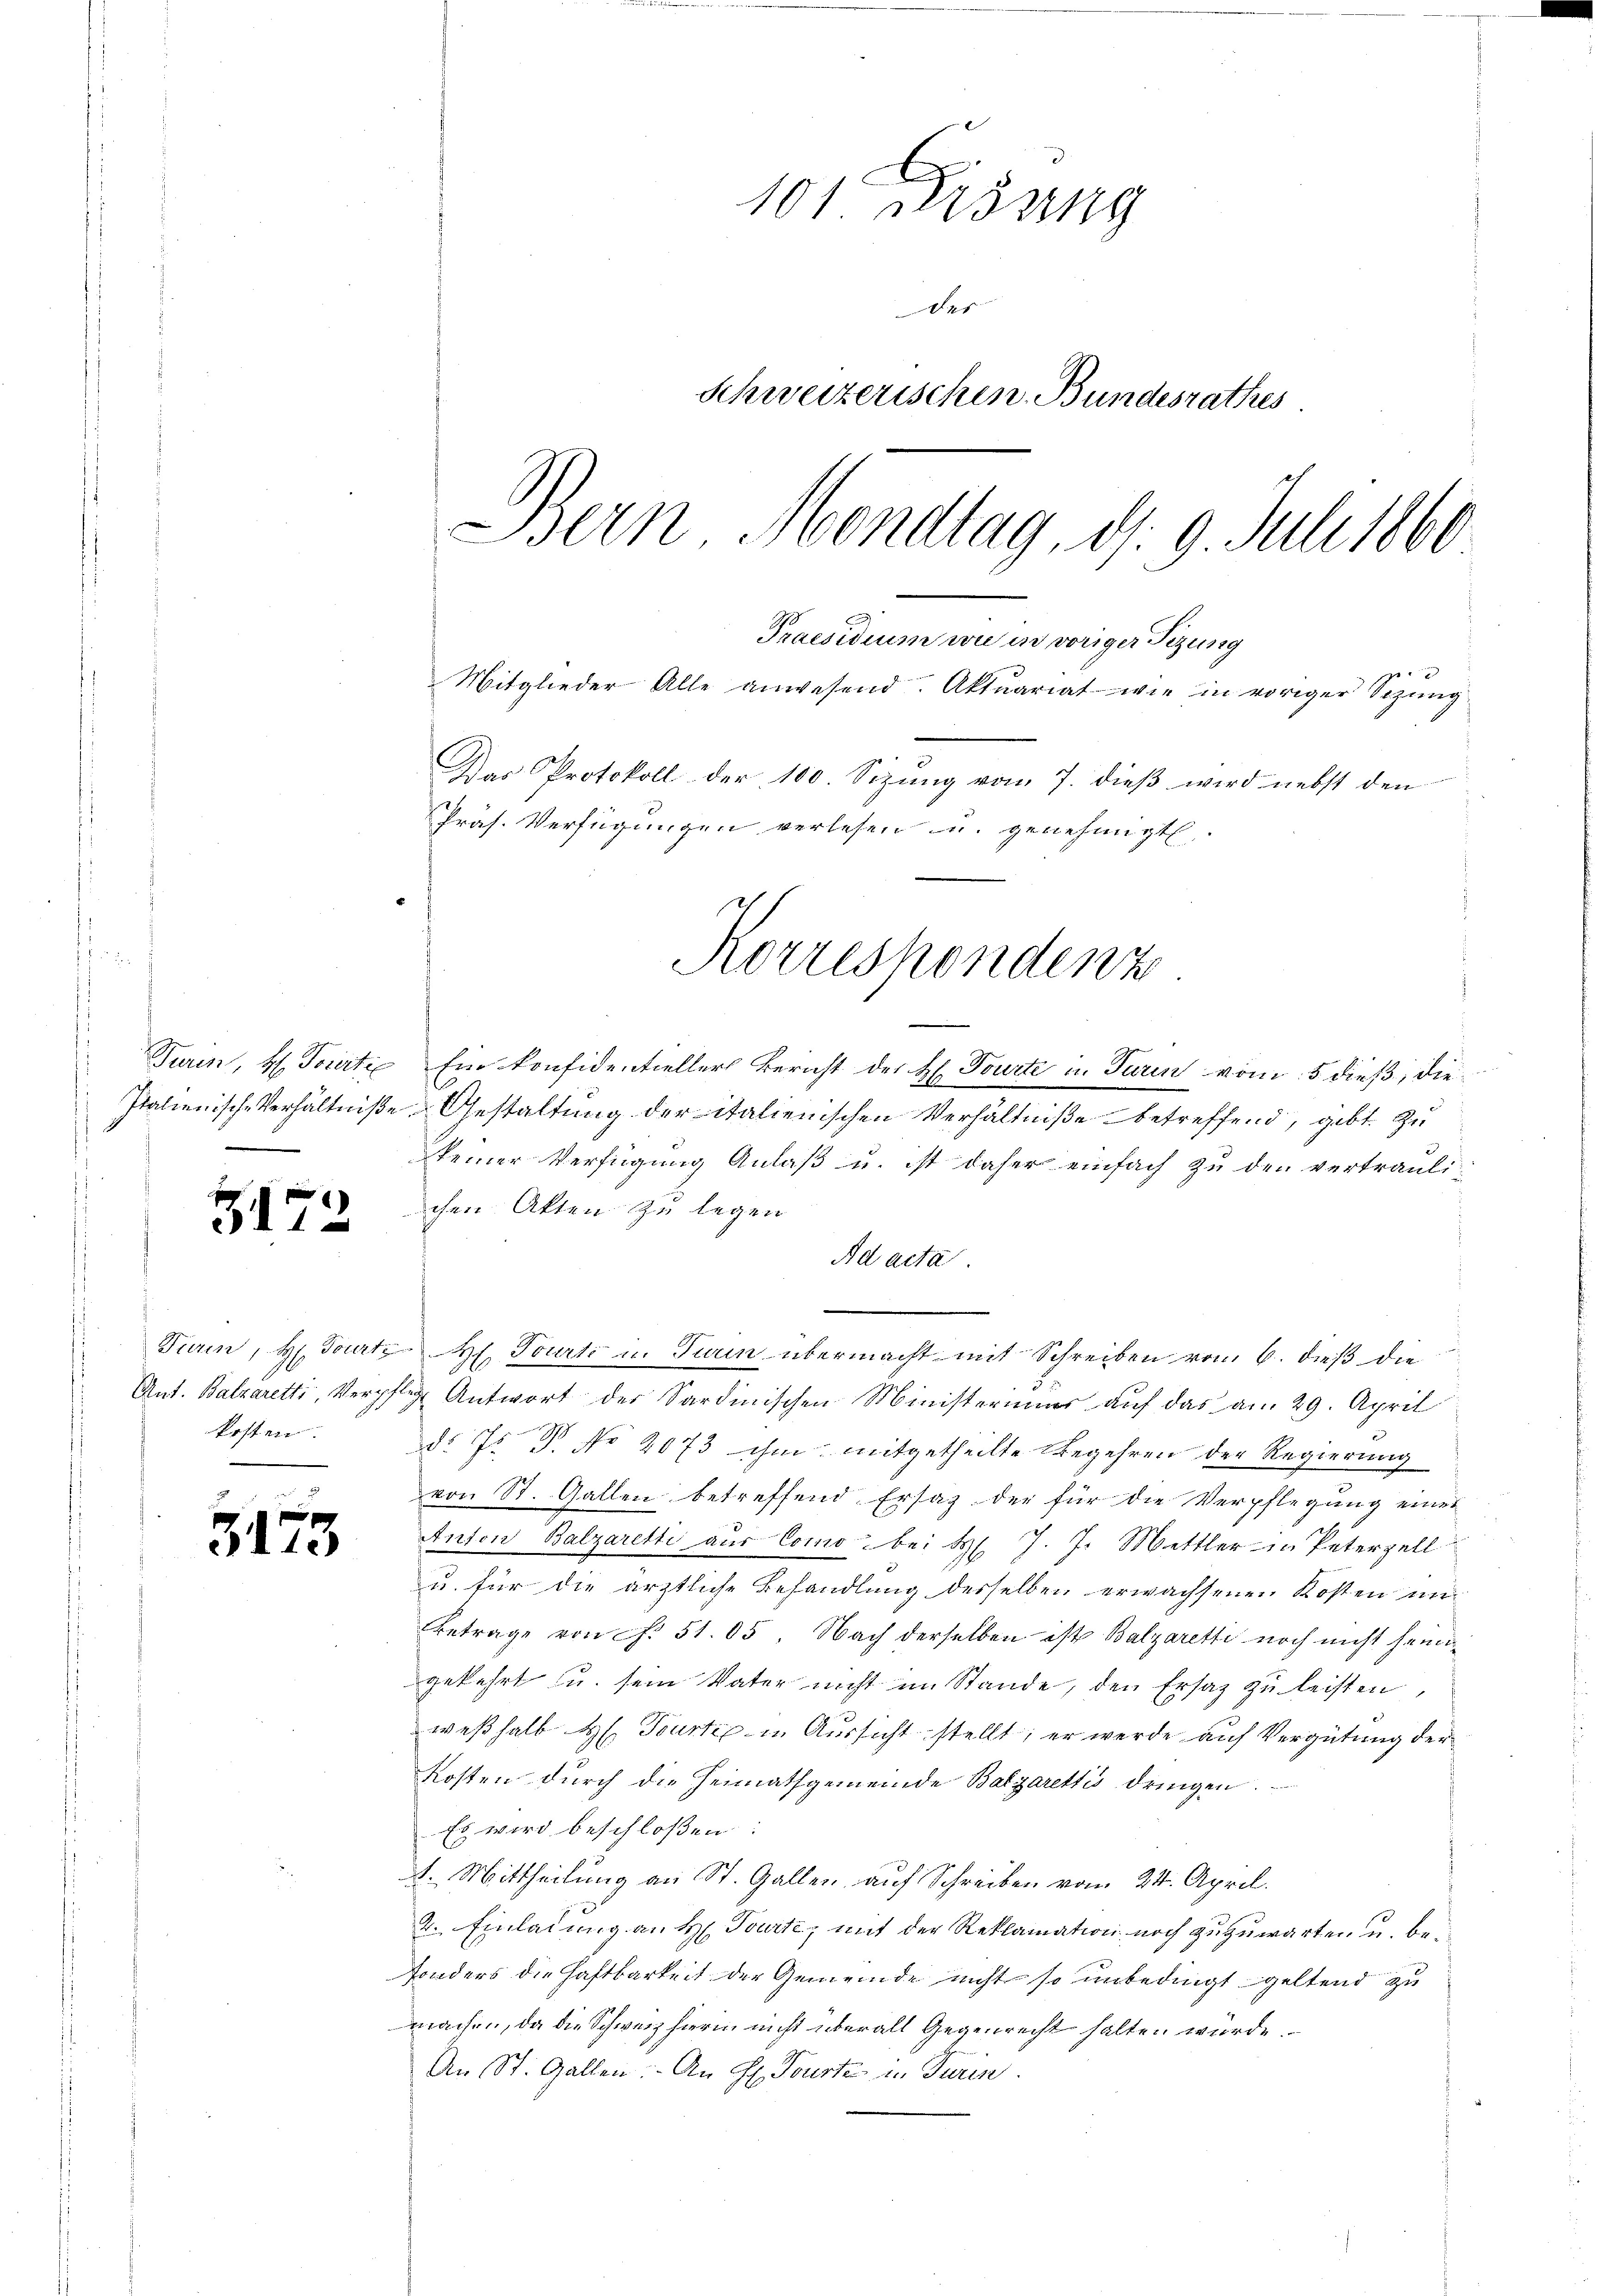
Turin, H. Portie
.

172

kosten.

3173

101 Fisung
N 1
Schweizerischen Bundesrathes
Bern Mondtag, d. 9. Juli 1860.
Praesidium wie in voriger Tizung
4
Mitglieder Alle anwesend. Aktuariat wie in voriger Sizung
Das Protokoll der 100. Sizung vom 7. dieß wird nebst den
Präs. Verfügungen verlesen u. genehmigt.

Ein konfidentieller Bericht des H. Tourte in Turin vom 5 dieß, die
Italienische Verhältniße Gestaltung der italienischen Verhältniße betreffend, gibt zu
keiner Verfügung Anlaß u. ist daher einfach zu den vertrauli
chen Akten zu legen
Ad acta

Turin, Hr. Tourt H. Tourti u. Turin übermacht mit Schreiben vom 6. dieß die
Ant. Balzaretti, Verpflege Antwort der Sardinischen Ministeriums auf das am 29. April
ds J. P. No 2073 ihm mitgetheilte Begehren der Regierung
von St. Gallen betreffend Ersaz der für die Verpflegung eines
Anton Balzaretti aus Como bei H. J. J. Mettler in Peterzell
u. für die ärztliche Behandlung desselben erwachsenen Kosten un
Betrage von f. 51. 05 Nach derselben ist Balzaretti noch nicht heimgekehrt u. sein Vater nicht im Stande, den Ersatz zu leisten,
weßhalb H. Tourti in Aussicht stellt; er werde auf Vergütung der
Kosten durch die Heimathgemeinde Balzarettis dringen.
Es wird beschloßen:
A. Mittheilung an St. Gallen, auf Schreiben vom 24. April.
2. Einladung an H. Tourte, mit der Reklamation noch zuzuwarten u. besonders die Haftbarkeit der Gemeinde nicht so unbedingt geltend zu
machen, da die Schweiz hierin nicht überall Gegenrecht halten würde.
An St. Gallen. An H. Tourte in Turin.

Korrespondenz